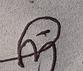
Signature authenticity: genuine